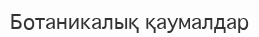
Ботаникалық қаумалдар